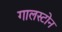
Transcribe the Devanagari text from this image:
गालस्टोन